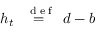
h _ { t } \stackrel { \mathrm { ~ \tiny ~ { ~ d ~ e ~ f ~ } ~ } } { = } d - b